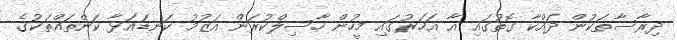
ދިރާސާތަކުން ދައްކާ ގޮތުގައި އާ އަހަރުގައި މީހުން ހާސިލްކުރަން އަޒުމު ކަނޑައަޅާ ކަންތައްތަކުގެ